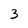
Character: 3